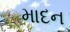
માદન